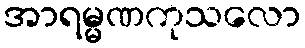
အာရမ္မဏကုသလော